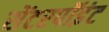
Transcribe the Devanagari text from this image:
सेंटरपॉइंट